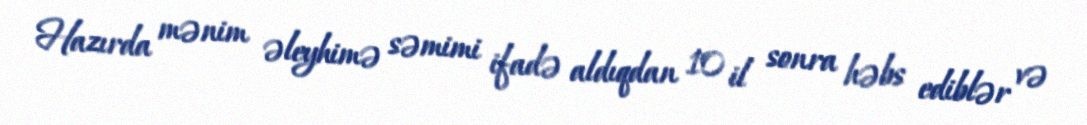
Hazırda mənim əleyhimə səmimi ifadə aldıqdan 10 il sonra həbs ediblər və